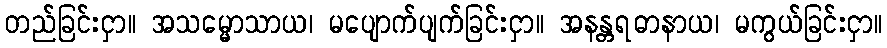
တည်ခြင်းငှာ။ အသမ္မောသာယ၊ မပျောက်ပျက်ခြင်းငှာ။ အနန္တရဓာနာယ၊ မကွယ်ခြင်းငှာ။